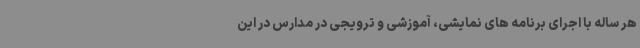
هر ساله با اجرای برنامه های نمایشی، آموزشی و ترویجی در مدارس در این